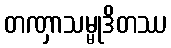
တဏှာသမ္မုဒိတဿ